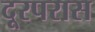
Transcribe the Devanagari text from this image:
दूरपरास